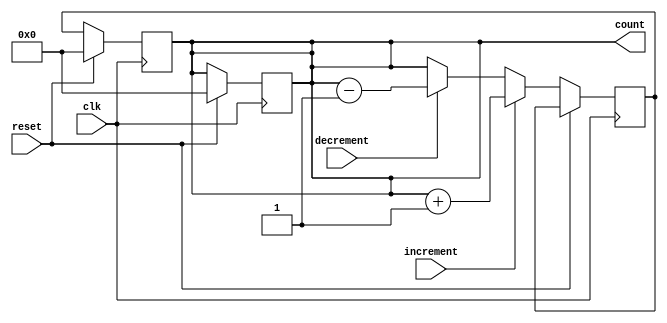
module GrayCounter (
    input wire clk,
    input wire reset,
    input wire increment,
    input wire decrement,
    output reg [3:0] count
);

reg [3:0] next_count;

always @(posedge clk) begin
    if (reset) begin
        count <= 4'b0000;
    end else if (increment) begin
        next_count <= count + 1;
    end else if (decrement) begin
        next_count <= count - 1;
    end else begin
        next_count <= count;
    end
end

always @(posedge clk) begin
    if (reset) begin
        count <= 4'b0000;
    end else begin
        count <= next_count;
    end
end

endmodule